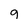
Character: g